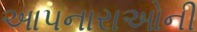
આપનારાઓની